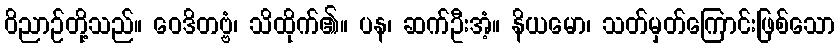
ဝိညာဉ်တို့သည်။ ဝေဒိတဗ္ဗံ၊ သိထိုက်၏။ ပန၊ ဆက်ဦးအံ့။ နိယမော၊ သတ်မှတ်ကြောင်းဖြစ်သော